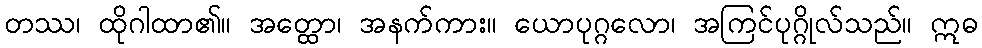
တဿ၊ ထိုဂါထာ၏။ အတ္ထော၊ အနက်ကား။ ယောပုဂ္ဂလော၊ အကြင်ပုဂ္ဂိုလ်သည်။ ဣဓ